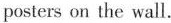
posters on the wall.